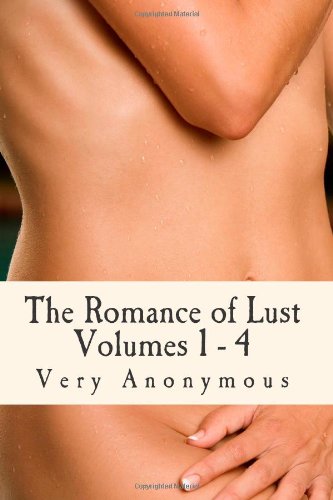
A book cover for The Romance of Lust (4 Volumes): lust, sex, victorian, whipped, petticoats; Very Anonymous; Romance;